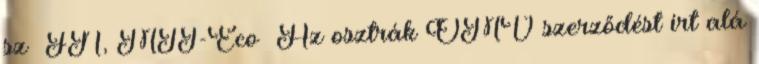
sz FN, MTI-Eco Az osztrák ÖMV szerződést írt alá